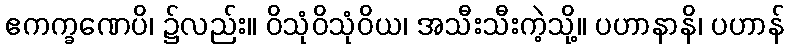
ဧကက္ခဏေပိ၊ ၌လည်း။ ဝိသုံဝိသုံဝိယ၊ အသီးသီးကဲ့သို့။ ပဟာနာနိ၊ ပဟာန်